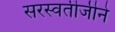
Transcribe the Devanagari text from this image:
सरस्वतीजीने